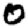
Digit: 0